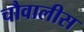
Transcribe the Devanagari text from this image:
चौवालीस